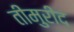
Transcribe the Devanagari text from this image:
तीमुरीद